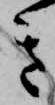
き